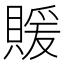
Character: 𬥢